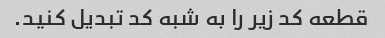
قطعه کد زیر را به شبه کد تبدیل کنید.